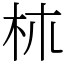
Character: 𣏕